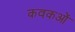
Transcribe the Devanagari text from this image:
कवकओं